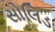
સોલિડ